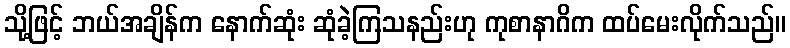
သို့ဖြင့် ဘယ်အချိန်က နောက်ဆုံး ဆုံခဲ့ကြသနည်းဟု ကုစာနာဂိက ထပ်မေးလိုက်သည်။